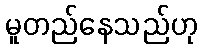
မူတည်နေသည်ဟု